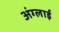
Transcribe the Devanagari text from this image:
अंग्लाई